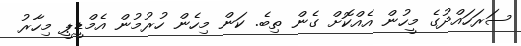
ސަރަހައްދުގެ މީހުން އެއްކޮށް ގެން ތިބެ. ކަން މިހެން ހުރުމުން އެމްޑީޕީ މިހާރު